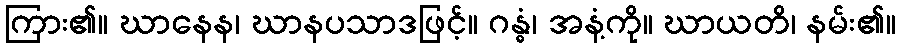
ကြား၏။ ဃာနေန၊ ဃာနပသာဒဖြင့်။ ဂန္ဓံ၊ အနံ့ကို။ ဃာယတိ၊ နမ်း၏။